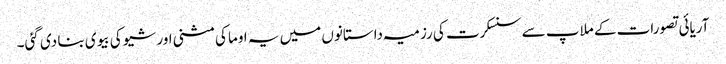
آریائی تصورات کے ملاپ سے سنسکرت کی رزمیہ داستانوں میں یہ اوما کی مثنی اور شیو کی بیوی بنا دی گئی۔